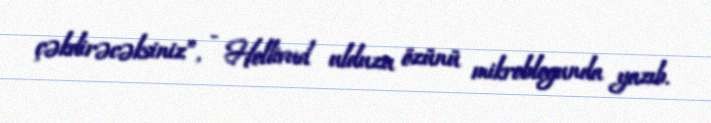
çəkdirəcəksiniz”, - Hollivud ulduzu özünü mikroblogunda yazıb.